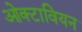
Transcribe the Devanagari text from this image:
ओक्टावियन